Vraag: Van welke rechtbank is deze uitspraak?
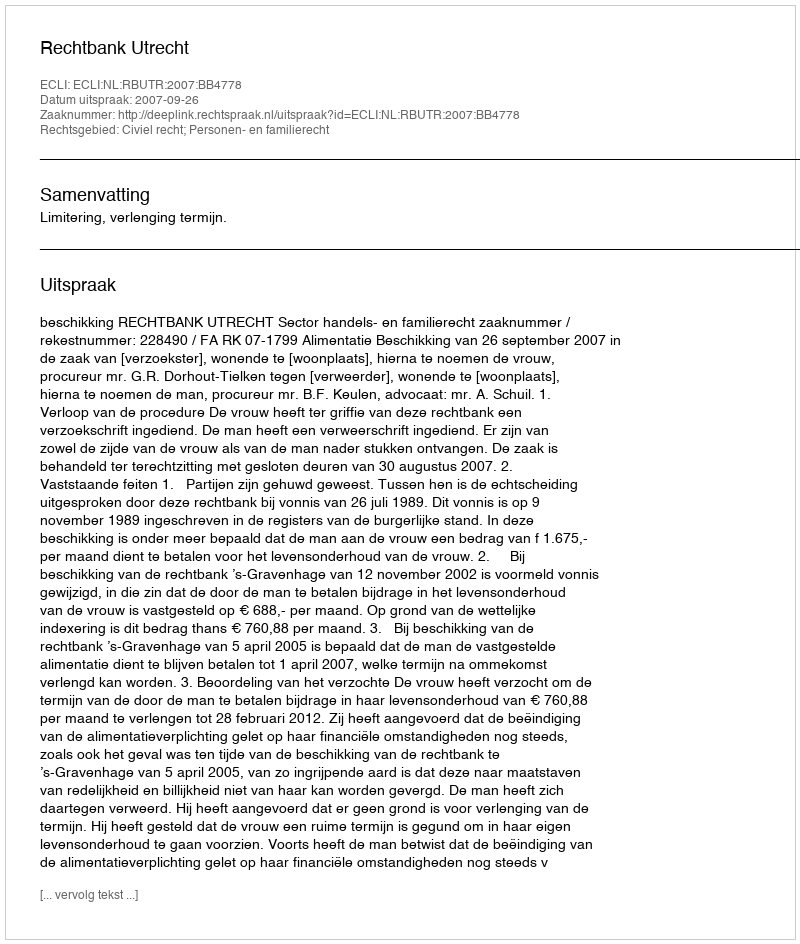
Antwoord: Rechtbank Utrecht